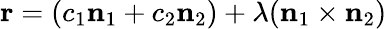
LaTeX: \mathbf{r}=(c_{1}\mathbf{n}_{1}+c_{2}\mathbf{n}_{2})+\lambda(\mathbf{n}_{1}\times\mathbf{n}_{2})